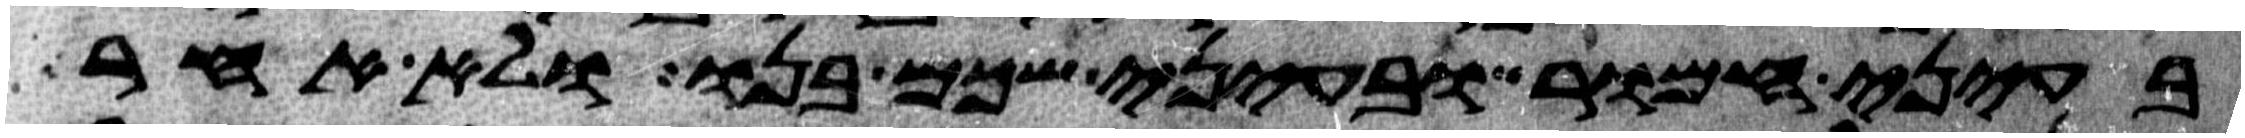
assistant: בעיני חמור ובעיני שכם בנו ולא אחר